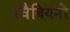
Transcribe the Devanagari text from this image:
स्वैबियनों